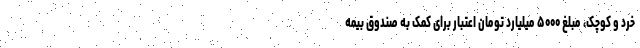
خرد و کوچک، مبلغ ۵۰۰۰ میلیارد تومان اعتبار برای کمک به صندوق بیمه